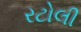
રટોલી